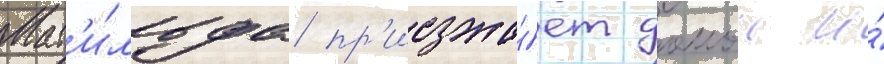
Мат'и́льда пр'иезжа́ет домои и́